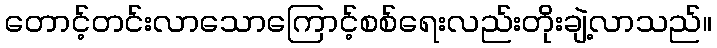
တောင့်တင်းလာသောကြောင့်စစ်ရေးလည်းတိုးချဲ့လာသည်။